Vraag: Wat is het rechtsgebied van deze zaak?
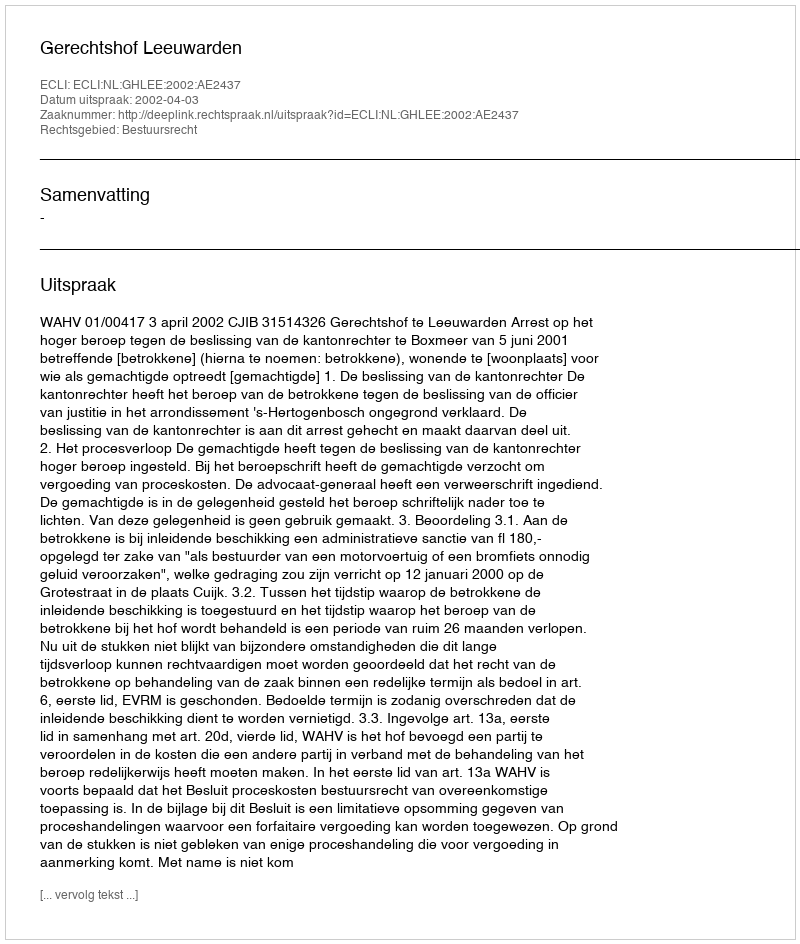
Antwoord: Bestuursrecht